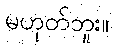
မဟုတ်ဘူး။